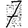
Digit: 7